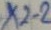
Text: X2-2